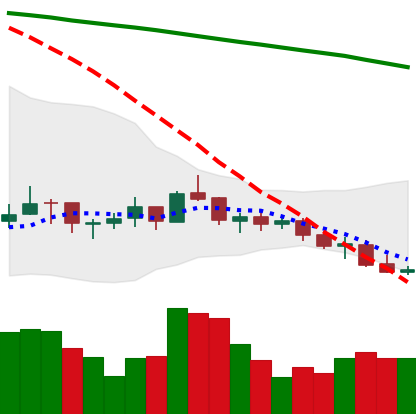
Ticker: LINK-USD
Chart end date: 2021-07-17
Forward return: 4.724%
Label: up_3_5